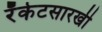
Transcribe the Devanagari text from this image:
रॅकेटसारखी